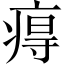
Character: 𤷙